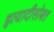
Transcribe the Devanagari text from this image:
इत्यादीसोबत